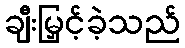
ချီးမြှင့်ခဲ့သည်